Annual administration report of the Bombay Presidency - 1887-1892
Year: 1887
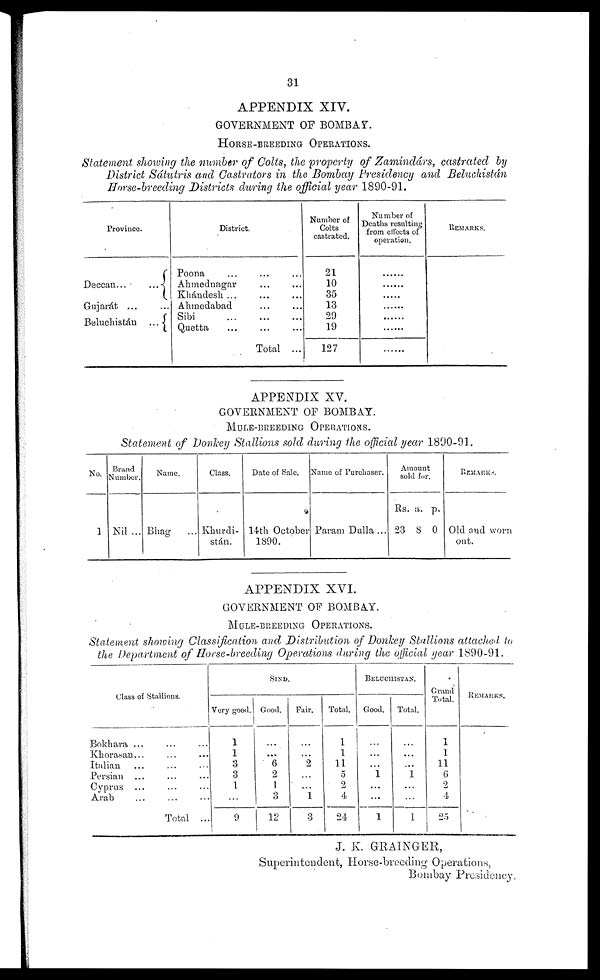
31
APPENDIX XIV.
GOVERNMENT OF BOMBAY.
HORSE-BREEDING
OPERATIONS.
Statement showing the number of Colts, the property of Zamindárs, castrated by
District Sáiutris and Castrators in the Bombay Presidency and Beluchistán
Horse-breeding Districts during the official year 1890-91.
Province.
Deccan...
...
Gujarát ...
Beluchistán
...
District.
Poona ... ... ...
Ahmednagar ... ...
Khándesh ... ... ...
Ahmedabad ... ...
Sibi ... ... ...
Quetta ... ... ...
Total ...
Number of
Colts
castrated.
21
10
35
13
29
19
127
Number of
Deaths resulting
from effects of
operation.
.......
......
......
.......
......
.......
.......
REMARKS.
APPENDIX XV.
GOVERNMENT OF BOMBAY.
MULE-BREEDING OPERATIONS.
Statement of Donkey Stallions sold during the official year 1890-91.
No.
1
Brand
Number.
Nil ...
Name.
Bhag ...
Class,
Khurdi-
stán.
Date of Sale.
14th October
1890.
Name of Purchaser.
Param Dulla ...
Amount
sold for.
Rs.
23
a.
8
p.
0
REMARKS.
Old and worn
out.
APPENDIX XVI.
GOVERNMENT OF BOMBAY.
MULE-BREEDING OPERATIONS.
Statement showing Classification and Distribution of Donkey Stallions attached to
the Department of Horse-breeding Operations during the official year 1890-91.
Class of Stallions.
Bokhara ... ... ...
Khorasan... ... ...
Italian ... ... ...
Persian ... ... ...
Cyprus ... ... ...
Arab ... ... ..
Total ...
SIND.
Very good.
1
1
3
3
1
...
9
Good.
...
...
6
2
1
3
12
Fair.
...
...
2
...
...
1
3
Total.
1
1
11
5
2
4
24
BELUCHISTAN.
Good.
...
...
...
1
...
...
1
Total.
...
...
...
1
...
...
1
Grand
Total.
1
1
11
6
2
4
25
REMARKS.
J. K. GRAINGER,
Superintendent, Horse-breeding Operations,
Bombay Presidency.